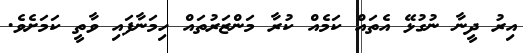
އިރު ދީނާ ނުގުޅޭ އެތައް ކަމެއް ކުރާ މަންޒަރުތައް ހިމަނާފައި ވާތީ ކަމަށެވެ.